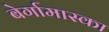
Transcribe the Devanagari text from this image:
बेर्गामास्का